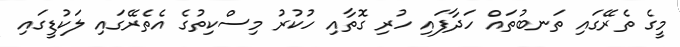
މީގެ ތެރޭގައި ތަނބުތައް ހަދާފައި ހުރި ގޮތާއި ހުކުރު މިސްކިތުގެ އެތެރޭގައި ލަކުޑީގައި